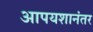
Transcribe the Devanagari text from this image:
आपयशानंतर